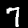
Label: 7